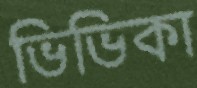
ভিভিকা